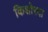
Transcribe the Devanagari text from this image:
किशोरदा